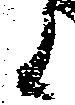
候